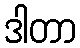
ဒါတာ